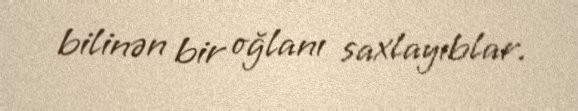
bilinən bir oğlanı saxlayıblar.